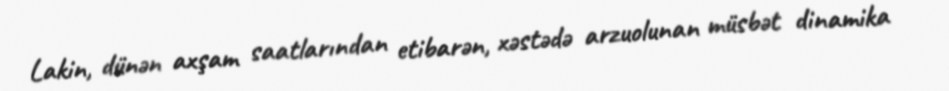
Lakin, dünən axşam saatlarından etibarən, xəstədə arzuolunan müsbət dinamika